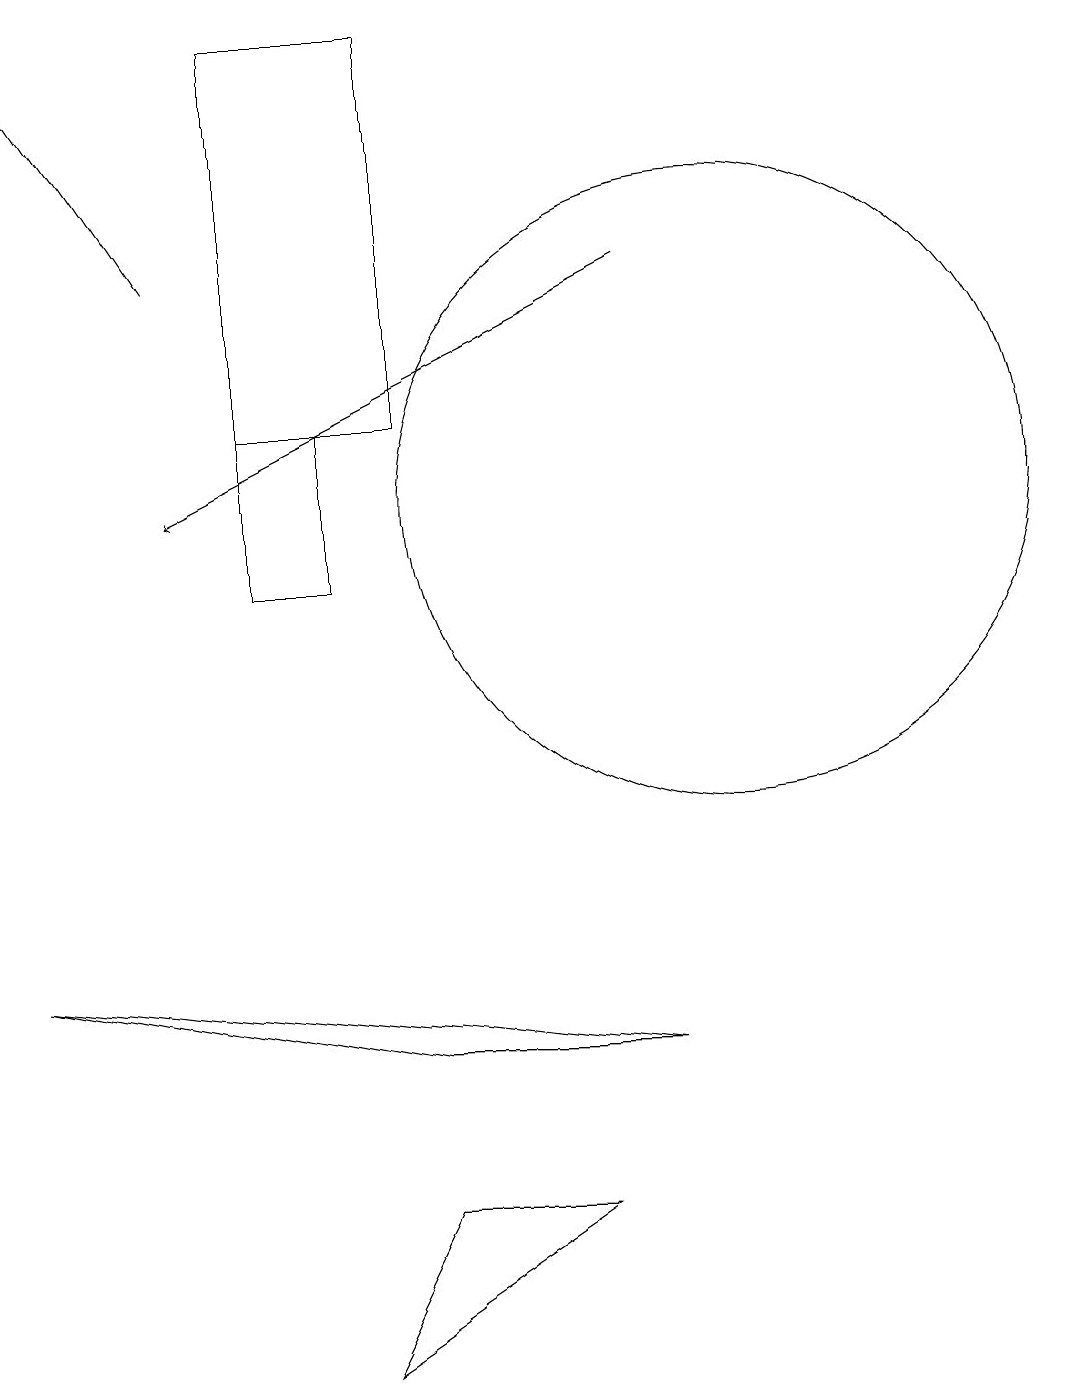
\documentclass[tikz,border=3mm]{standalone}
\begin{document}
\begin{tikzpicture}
\draw[->] (9,14) -- (3,11);
\draw[->] (3,14) -- (1,17);
\draw (6,2) -- (8,2) -- (5,0) -- cycle;
\draw (1,5) -- (6,4) -- (9,4) -- cycle;
\draw (6,12) rectangle (4,17);
\draw (4,10) rectangle (5,12);
\draw (10,11) circle (4);
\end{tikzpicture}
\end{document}